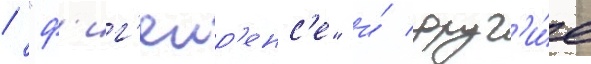
/ "ф'иг'еир'енс'е" и́ друг'и́е